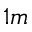
1 m